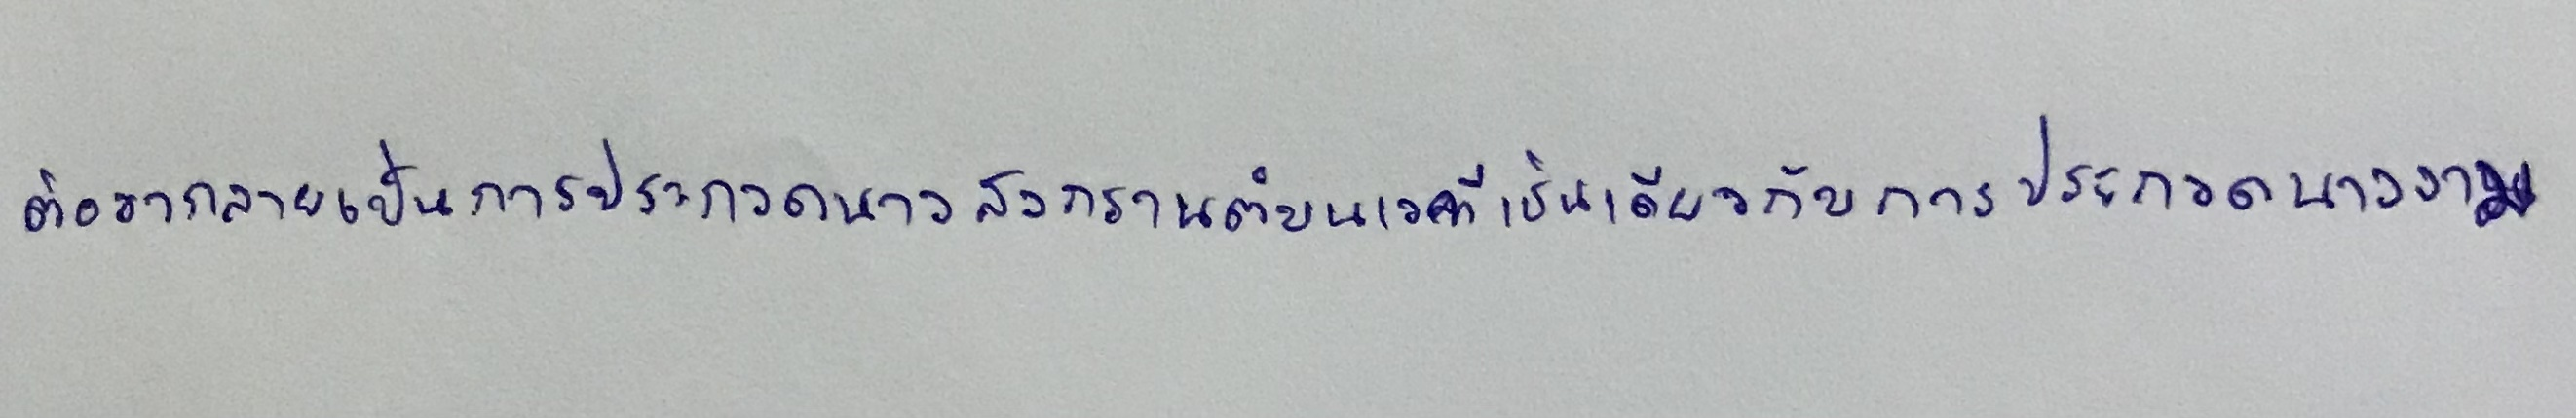
ต่อมากลายเป็นการประกวดนางสงกรานต์บนเวทีเช่นเดียวกับการประกวดนางงาม